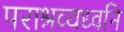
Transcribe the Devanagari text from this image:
पराश्रव्यध्वनि